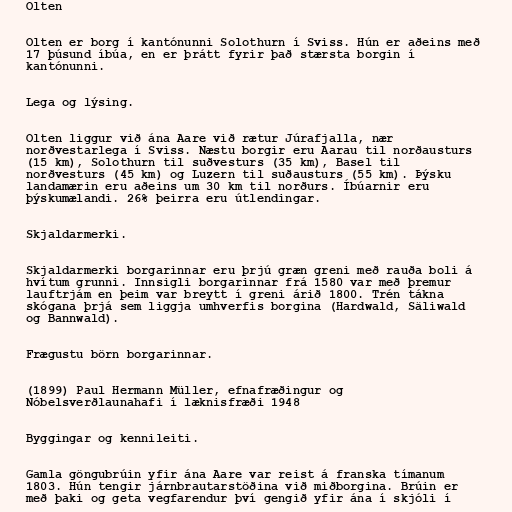
Olten

Olten er borg í kantónunni Solothurn í Sviss. Hún er aðeins með
17 þúsund íbúa, en er þrátt fyrir það stærsta borgin í
kantónunni.

Lega og lýsing.

Olten liggur við ána Aare við rætur Júrafjalla, nær
norðvestarlega í Sviss. Næstu borgir eru Aarau til norðausturs
(15 km), Solothurn til suðvesturs (35 km), Basel til
norðvesturs (45 km) og Luzern til suðausturs (55 km). Þýsku
landamærin eru aðeins um 30 km til norðurs. Íbúarnir eru
þýskumælandi. 26% þeirra eru útlendingar.

Skjaldarmerki.

Skjaldarmerki borgarinnar eru þrjú græn greni með rauða boli á
hvítum grunni. Innsigli borgarinnar frá 1580 var með þremur
lauftrjám en þeim var breytt í greni árið 1800. Trén tákna
skógana þrjá sem liggja umhverfis borgina (Hardwald, Säliwald
og Bannwald).

Frægustu börn borgarinnar.

(1899) Paul Hermann Müller, efnafræðingur og
Nóbelsverðlaunahafi í læknisfræði 1948

Byggingar og kennileiti.

Gamla göngubrúin yfir ána Aare var reist á franska tímanum
1803. Hún tengir járnbrautarstöðina við miðborgina. Brúin er
með þaki og geta vegfarendur því gengið yfir ána í skjóli í